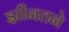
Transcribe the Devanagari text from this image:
झीनतने